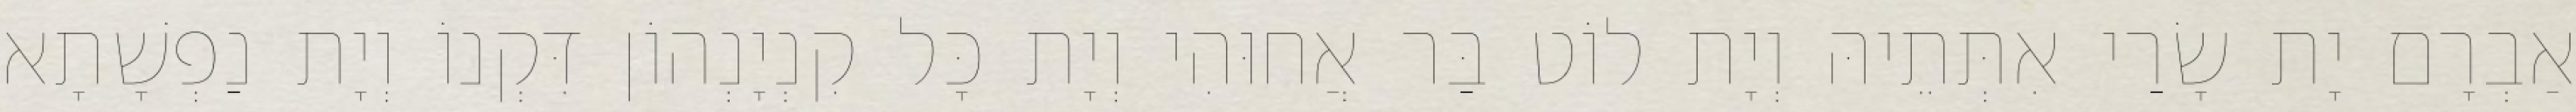
אַבְרָם יָת שָׂרַי אִתְּתֵיהּ וְיָת לוֹט בַּר אֲחוּהִי וְיָת כָּל קִנְיָנְהוֹן דִּקְנוֹ וְיָת נַפְשָׁתָא